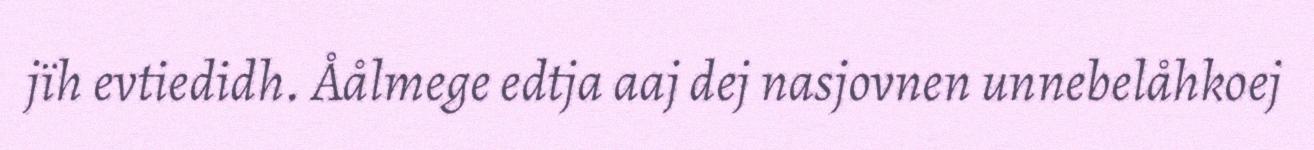
jïh evtiedidh. Åålmege edtja aaj dej nasjovnen unnebelåhkoej